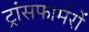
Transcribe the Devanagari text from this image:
ट्रांसफार्मरों